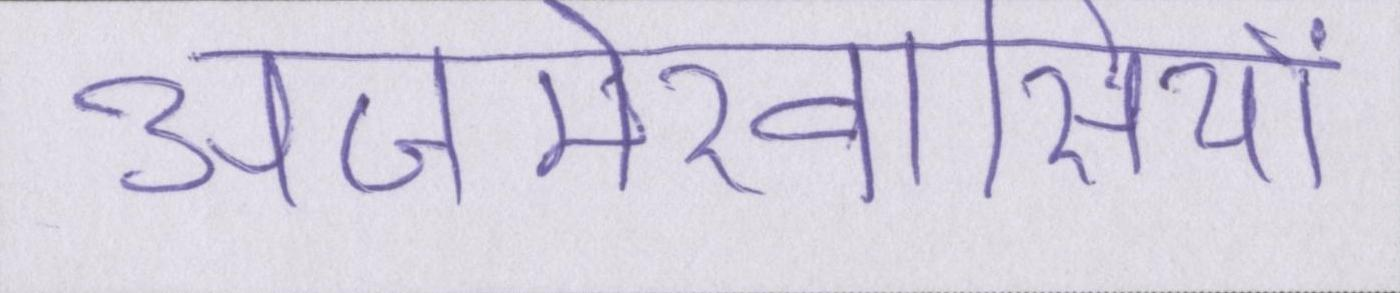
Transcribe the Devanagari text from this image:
अजमेरवासियों